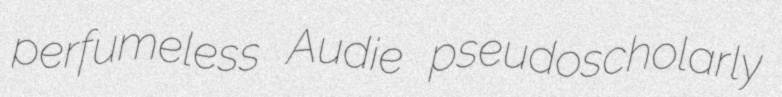
perfumeless Audie pseudoscholarly